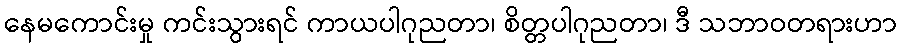
နေမကောင်းမှု ကင်းသွားရင် ကာယပါဂုညတာ၊ စိတ္တပါဂုညတာ၊ ဒီ သဘာဝတရားဟာ